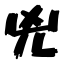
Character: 兇